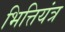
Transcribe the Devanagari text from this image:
भित्तियंत्र